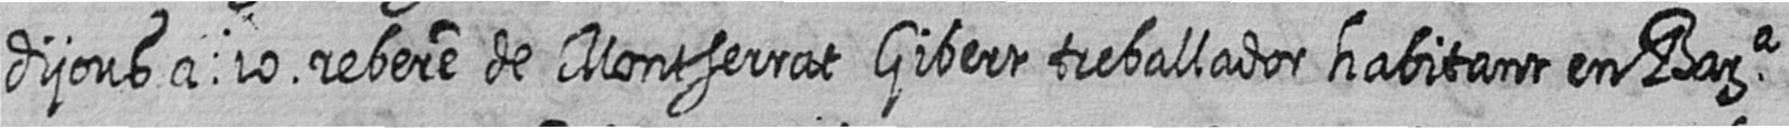
dijous a 10 rebere de Montserrat Gibert treballador habitant en Bara